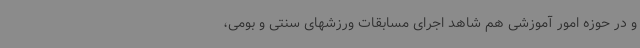
و در حوزه امور آموزشی هم شاهد اجرای مسابقات ورزشهای سنتی و بومی،